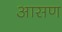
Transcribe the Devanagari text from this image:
आसण